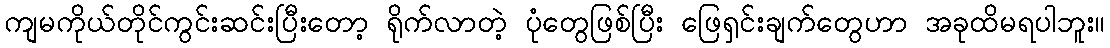
ကျမကိုယ်တိုင်ကွင်းဆင်းပြီးတော့ ရိုက်လာတဲ့ ပုံတွေဖြစ်ပြီး ဖြေရှင်းချက်တွေဟာ အခုထိမရပါဘူး။